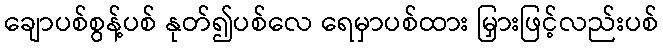
ချောပစ်စွန့်ပစ် နုတ်၍ပစ်လေ ရေမှာပစ်ထား မြှားဖြင့်လည်းပစ်